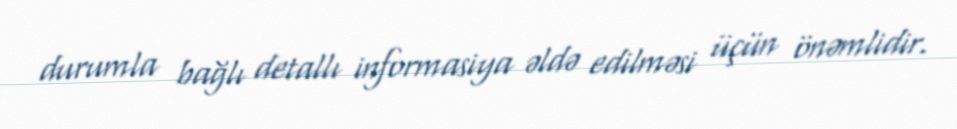
durumla bağlı detallı informasiya əldə edilməsi üçün önəmlidir.